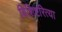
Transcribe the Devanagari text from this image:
विशिष्टरित्या